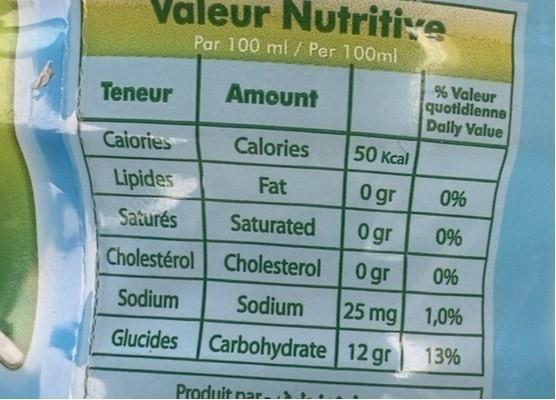
Valeur Nutritie Par 100 ml / Per 100ml
% Valeur quotidlenne Dally Value
Teneur
Amount
Caiories
Calories
50 Kcal
Lipides
Fat
0gr
0%
Saturés
Saturated
Ogr
0%
Cholestérol Cholesterol
0gr
0%
Sodium
Sodium
25 mg 1,0%
Glucides Carbohydrate 12 gr
13%
Produit nar-